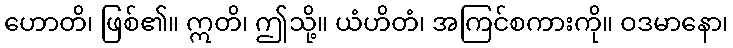
ဟောတိ၊ ဖြစ်၏။ ဣတိ၊ ဤသို့။ ယံဟိတံ၊ အကြင်စကားကို။ ဝဒမာနော၊